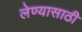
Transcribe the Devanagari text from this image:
लेण्यासाठी